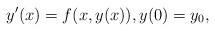
LaTeX: \begin{align*}y'(x) = f(x, y(x)), y(0) = y_0, \end{align*}